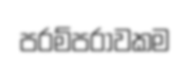
පරම්පරාවකම